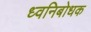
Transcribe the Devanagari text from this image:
ध्वनिबोधक